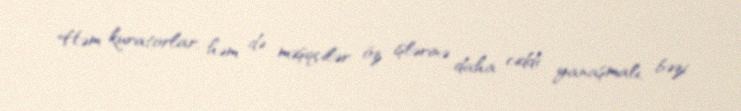
Həm kuratorlar, həm də məşqçilər öz işlərinə daha ciddi yanaşmalı, bəzi